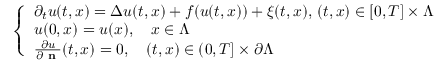
\left\{ \begin{array} { l l } { \partial _ { t } u ( t , x ) = \Delta u ( t , x ) + f ( u ( t , x ) ) + \xi ( t , x ) , \, ( t , x ) \in [ 0 , T ] \times \Lambda } \\ { u ( 0 , x ) = u ( x ) , \quad x \in \Lambda } \\ { \frac { \partial u } { \partial \textbf { n } } ( t , x ) = 0 , \quad ( t , x ) \in ( 0 , T ] \times \partial \Lambda } \end{array} \right.